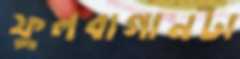
ফুলবাগানটা